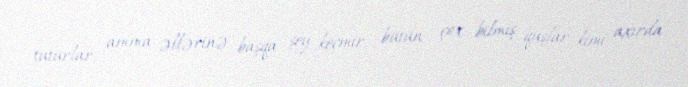
tuturlar, amma əllərinə başqa şey keçmir, bütün çox bilmiş quşlar kimi axırda